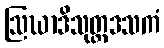
ဩဃာဒိသုတ္တဒသကံ